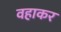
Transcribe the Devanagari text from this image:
वहाकर